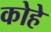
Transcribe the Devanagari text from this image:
कोहे